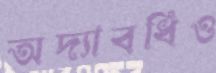
অদ্যাবধিও